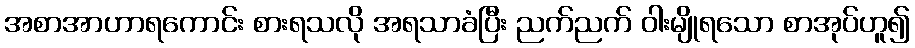
အစာအာဟာရကောင်း စားရသလို အရသာခံပြီး ညက်ညက် ဝါးမျိုရသော စာအုပ်ဟူ၍